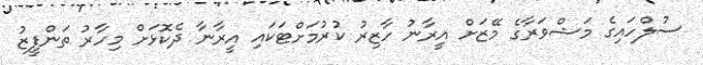
ސުލްހައިގެ މަޝްވަރާގެ މޭޒަށް އީރާނު ހާޒިރު ކުރުމަށްޓަކައި އީރާނާ ދެކޮޅަށް މިހާރު ތަންފީޒު